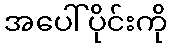
အပေါ်ပိုင်းကို